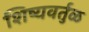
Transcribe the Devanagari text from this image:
शिष्यवर्तुळ